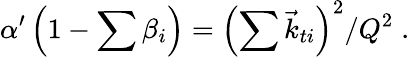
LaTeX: \alpha^{\prime}\left(1-\sum\beta_{i}\right)=\left(\sum\vec{k}_{ti}\right)^{2}/Q^{2}\; .